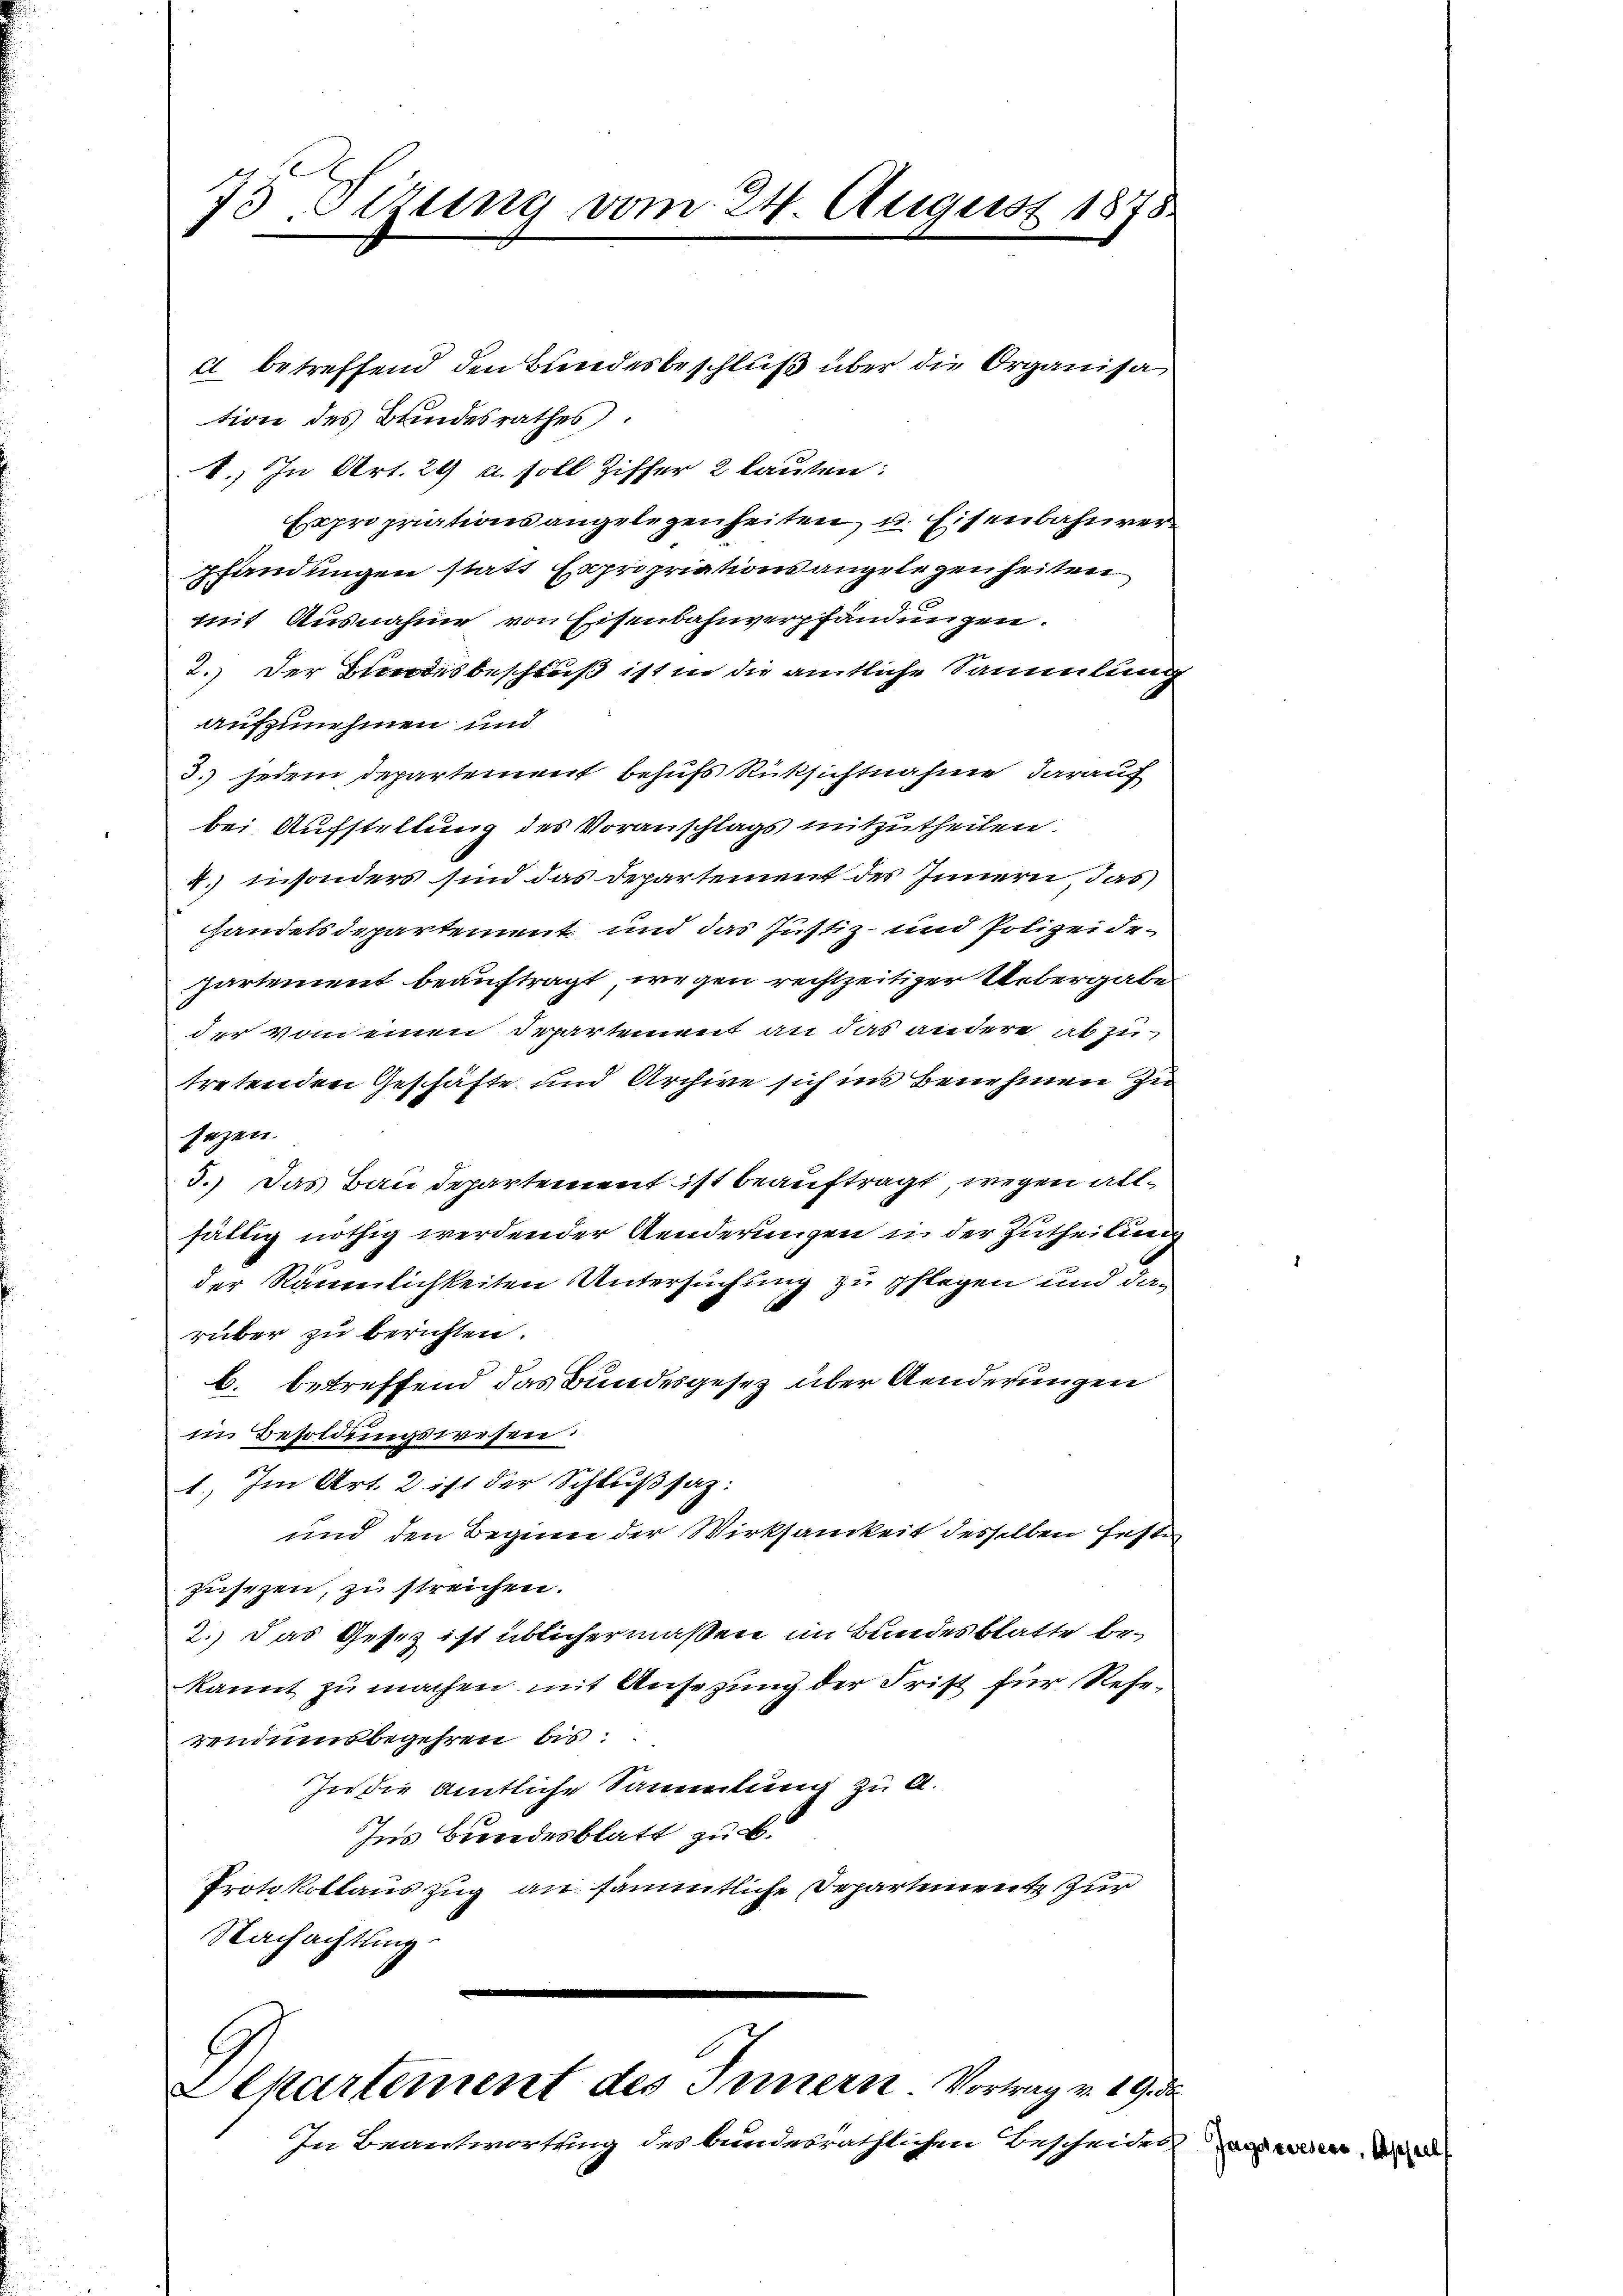
73 Sezung vom 24. August 1878.

d betreffend den Bundesbeschluß über die Organisation des Bundesrathes.
1.) In Art. 29 u. soll Ziffer 2 lauten:
Expropriations angelegenheiten u. Eisenbahnver
pfandungen statt Expropriationsangelegenheiten
.
mit Ausnahme von Eisenbahnverpfändungen.
2. Der Bundesbeschluß ist in die amtliche Sammlung
aufzunehmen und
3.) jedem Departement behufs Rücksichtnahme darauf
bei Aufstellung des Voranschlags mitzutheilen.
2. insonders sind das Departement des Innern, das
handelsdepartement und das Justiz- und Polizeidepartement beauftragt, wegen rechtzeitiger Uebergabe
der vom einen Departement an das andere ab zu
tretenden Geschäfte und Archive sich ins Benehmen zu
sezen.
3.) Das Bau departement ist beauftragt, wegen allfältig nöthig werdender Aenderungen in der Zutheilung
der Räumlichkeiten Untersuchung zu pflegen und darüber zu berichten.
b. betreffend das Bundesgesetz über Aenderungen
im Besoldungswesen:
1.) Im Art. 2 ist der Schlußsaz:
und den Beginne der Wirksamkeit desselben festi
züsezen, zu streichen.
2.) Das Gesetz ist üblichermaßen im Bundesblatte bekannt zu machen mit Ansezung der Frist für Resevendumsbegehren bis
In die amtliche Sammlung zu A.
Ins Bundesblatt zu.
Protokollauszug an sämmtliche Departement zur
Nachachtung

Alkartement des Innern Vortrag v. 19. de

In Beantwortung des bundesräthlichen Bescheiden und wird